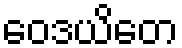
ဝေဒယိတေ